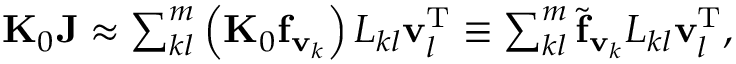
\begin{array} { r } { { \bf K } _ { 0 } { \bf J } \approx \sum _ { k l } ^ { m } \left( { \bf K } _ { 0 } { \bf f } _ { { \bf v } _ { k } } \right) L _ { k l } { \bf v } _ { l } ^ { \mathrm { T } } \equiv \sum _ { k l } ^ { m } { \widetilde { \bf f } _ { { \bf v } _ { k } } } L _ { k l } { \bf v } _ { l } ^ { \mathrm { T } } , } \end{array}